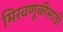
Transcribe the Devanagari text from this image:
मिरवणूकीसाठी